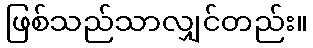
ဖြစ်သည်သာလျှင်တည်း။